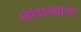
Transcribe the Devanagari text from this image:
खांडाळ्याला